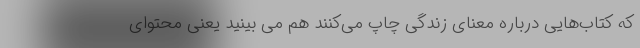
که کتاب‌هایی درباره معنای زندگی چاپ می‌کنند هم می بینید یعنی محتوای